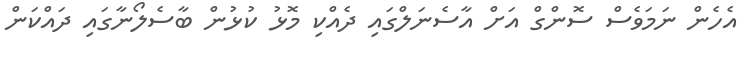
އެހެން ނަމަވެސް ސޮންގް އަށް އާސެނަލްގައި ދެއްކި މޮޅު ކުޅުން ބާސެލޯނާގައި ދައްކަން